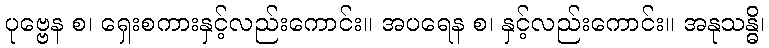
ပုဗ္ဗေန စ၊ ရှေးစကားနှင့်လည်းကောင်း။ အပရေန စ၊ နှင့်လည်းကောင်း။ အနုသန္ဓိ၊